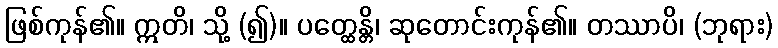
ဖြစ်ကုန်၏။ ဣတိ၊ သို့ (၍)။ ပတ္ထေန္တိ၊ ဆုတောင်းကုန်၏။ တဿာပိ၊ (ဘုရား)